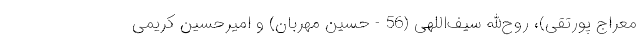
معراج پورتقی)، روح‌الله سیف‌اللهی (56 - حسین مهربان) و امیرحسین کریمی